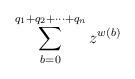
LaTeX: \begin{align*} \sum_{b=0}^{q_1+q_2+\cdots +q_n}z^{w(b)} \end{align*}